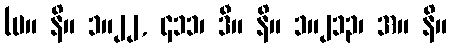
(မ။ နိ။ ၁။၂၂, ၄၁၁၊ ဒီ။ နိ။ ၁။၂၁၃၊ အ။ နိ။